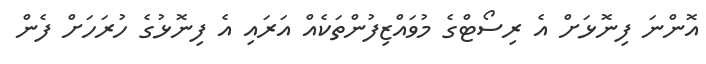
އޮންނަ ފިނޮޅަށް އެ ރިސޯޓްގެ މުވައްޒިފުންތަކެއް އަރައި އެ ފިނޮޅުގެ ހުރަހަށް ފެން